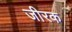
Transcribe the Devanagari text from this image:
जीरक